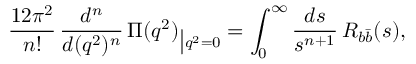
\frac { 1 2 \pi ^ { 2 } } { n ! } \, \frac { d ^ { n } } { d ( q ^ { 2 } ) ^ { n } } \, \Pi ( q ^ { 2 } ) _ { \big | q ^ { 2 } = 0 } = \int _ { 0 } ^ { \infty } \frac { d s } { s ^ { n + 1 } } \, R _ { b \bar { b } } ( s ) ,